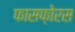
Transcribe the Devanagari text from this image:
फासफ़ोरस